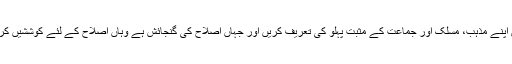
پس اپنے مذہب، مسلک اور جماعت کے مثبت پہلو کی تعریف کریں اور جہاں اصلاح کی گنجائش ہے وہاں اصلاح کے لئے کوششیں کریں۔